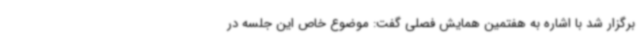
برگزار شد با اشاره به هفتمین همایش فصلی گفت: موضوع خاص این جلسه در